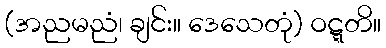
(အညမညံ၊ ချင်း။ ဒေသေတုံ) ဝဋ္ဋတိ။